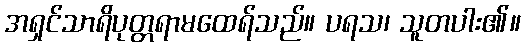
အရှင်သာရိပုတ္တရာမထေရ်သည်။ ပရသ၊ သူတပါး၏။